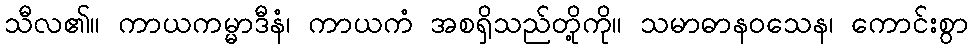
သီလ၏။ ကာယကမ္မာဒီနံ၊ ကာယကံ အစရှိသည်တို့ကို။ သမာဓာနဝသေန၊ ကောင်းစွာ